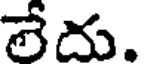
లేదు.